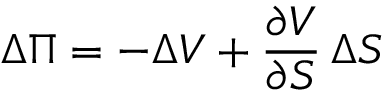
\Delta \Pi = - \Delta V + { \frac { \partial V } { \partial S } } \, \Delta S